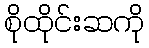
စိုထိုင်းဆကို